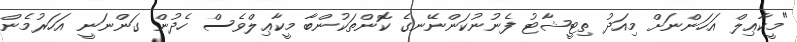
"މީކާޢިލް އަހަންނަށް މިއަދު ތިޓީޝާޓު ފެނުނުކަންނޭނގެ ކޮންތަކުންބާ މީކާޢިލްވެސް ހެދުން ގަންނަނީ އަހަރުމެން